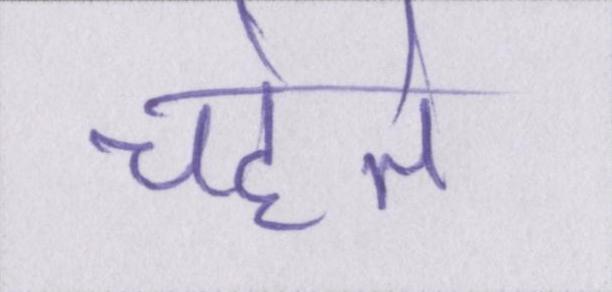
चहेते